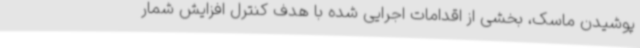
پوشیدن ماسک، بخشی از اقدامات اجرایی شده با هدف کنترل افزایش شمار